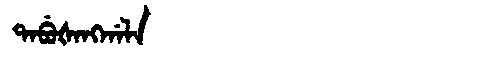
Manchu: ᡨᠠᠪᡠᡧᠠᠩᡤᠠᠯᠠ
Romanization: TABUŠANGGALA